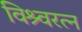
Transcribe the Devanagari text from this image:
विश्र्वरत्न